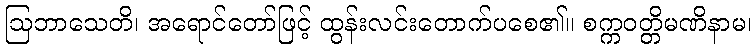
ဩဘာသေတိ၊ အရောင်တော်ဖြင့် ထွန်းလင်းတောက်ပစေ၏။ စက္ကဝတ္တိမဏိနာမ၊